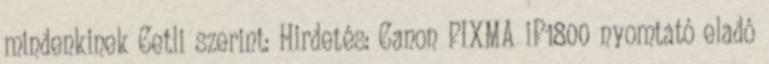
mindenkinek Cetli szerint: Hirdetés: Canon PIXMA iP1800 nyomtató eladó